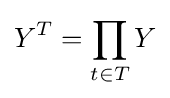
Y^{T}=\prod _{t\in T}Y